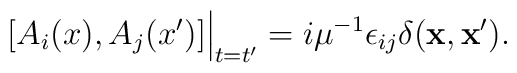
[A_i(x),A_j(x')]\Big|_{t=t'} = i\mu^{-1} \epsilon_{ij}\delta({\bf x},{\bf x'}).